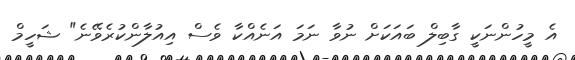
އެ މީހުންނަކީ ގާބިލް ބައަކަށް ނުވާ ނަމަ އަނެއްކާ ވެސް އިއުލާންކުރެވޭނެ" ޝަހީމް